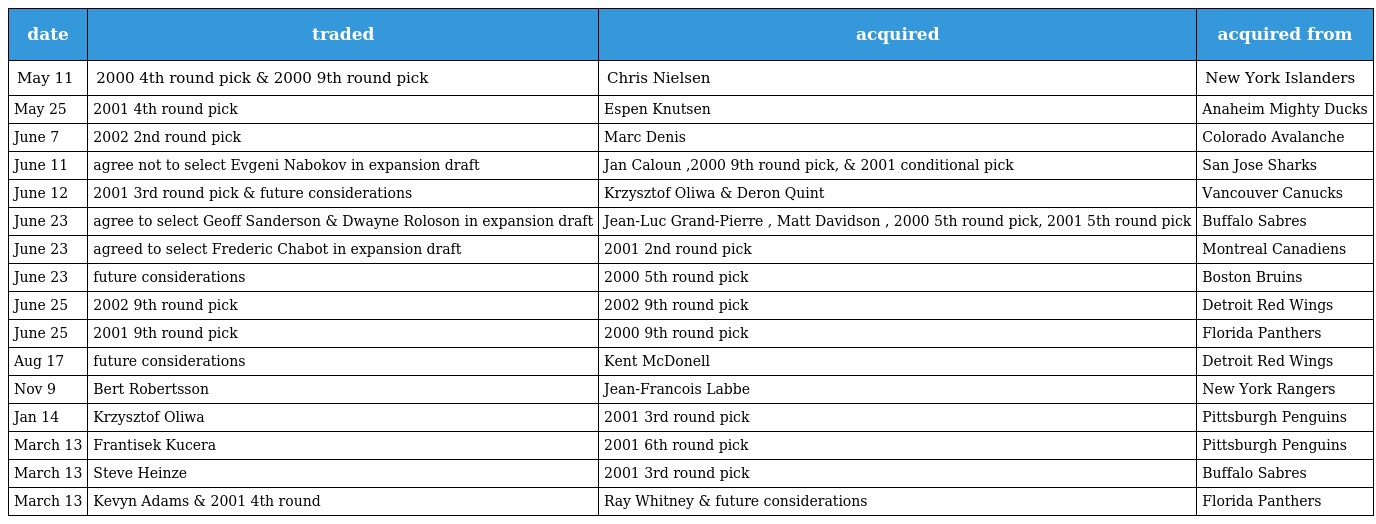
| date | traded | acquired | acquired from |
 | --- | --- | --- | --- |
 | May 11 | 2000 4th round pick & 2000 9th round pick | Chris Nielsen | New York Islanders |
 | May 25 | 2001 4th round pick | Espen Knutsen | Anaheim Mighty Ducks |
 | June 7 | 2002 2nd round pick | Marc Denis | Colorado Avalanche |
 | June 11 | agree not to select Evgeni Nabokov in expansion draft | Jan Caloun ,2000 9th round pick, & 2001 conditional pick | San Jose Sharks |
 | June 12 | 2001 3rd round pick & future considerations | Krzysztof Oliwa & Deron Quint | Vancouver Canucks |
 | June 23 | agree to select Geoff Sanderson & Dwayne Roloson in expansion draft | Jean-Luc Grand-Pierre , Matt Davidson , 2000 5th round pick, 2001 5th round pick | Buffalo Sabres |
 | June 23 | agreed to select Frederic Chabot in expansion draft | 2001 2nd round pick | Montreal Canadiens |
 | June 23 | future considerations | 2000 5th round pick | Boston Bruins |
 | June 25 | 2002 9th round pick | 2002 9th round pick | Detroit Red Wings |
 | June 25 | 2001 9th round pick | 2000 9th round pick | Florida Panthers |
 | Aug 17 | future considerations | Kent McDonell | Detroit Red Wings |
 | Nov 9 | Bert Robertsson | Jean-Francois Labbe | New York Rangers |
 | Jan 14 | Krzysztof Oliwa | 2001 3rd round pick | Pittsburgh Penguins |
 | March 13 | Frantisek Kucera | 2001 6th round pick | Pittsburgh Penguins |
 | March 13 | Steve Heinze | 2001 3rd round pick | Buffalo Sabres |
 | March 13 | Kevyn Adams & 2001 4th round | Ray Whitney & future considerations | Florida Panthers |